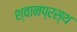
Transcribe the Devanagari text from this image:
श्वानप्रस्थ